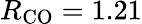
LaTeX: R_{\mathrm{CO}}=1.21